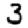
Digit: 3